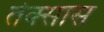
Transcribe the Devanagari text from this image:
तेक्सास